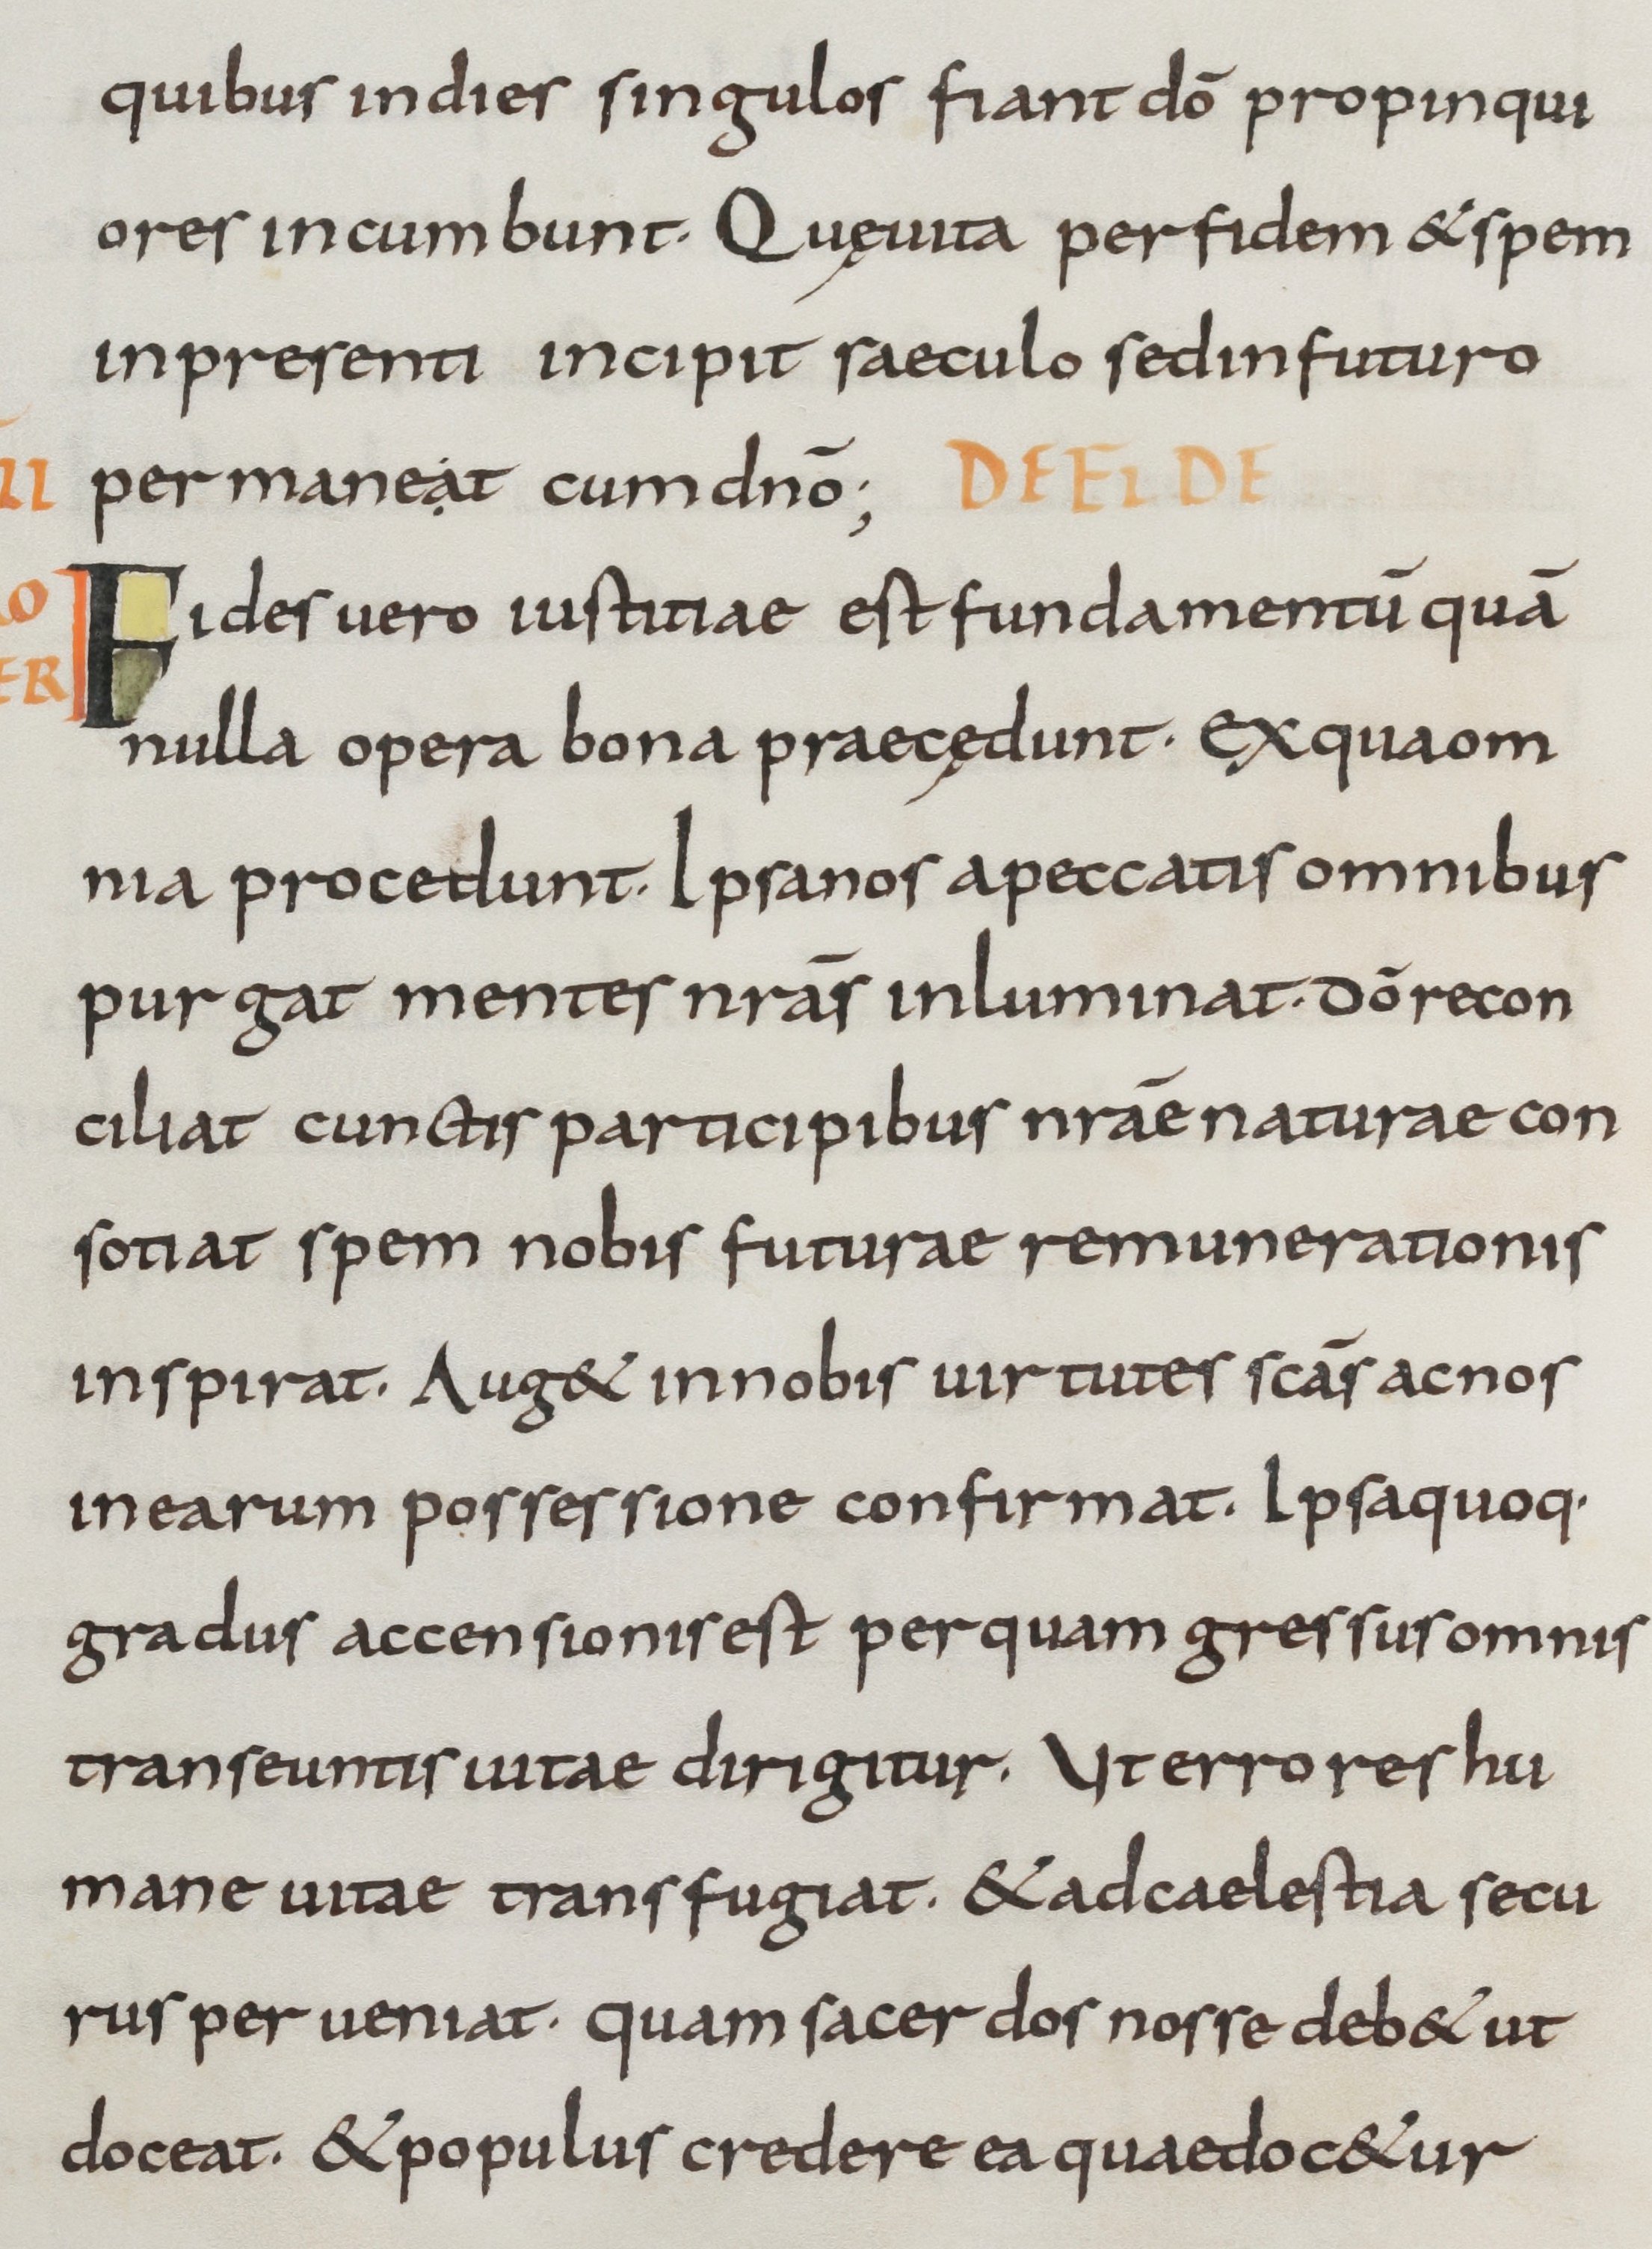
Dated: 800–899